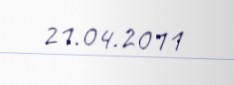
21.04.2011